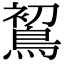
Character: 𪁲